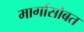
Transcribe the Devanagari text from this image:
मार्गासोबत